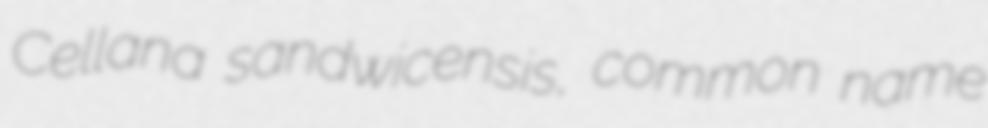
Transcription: Cellana sandwicensis, common name